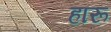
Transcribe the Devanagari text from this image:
हारू